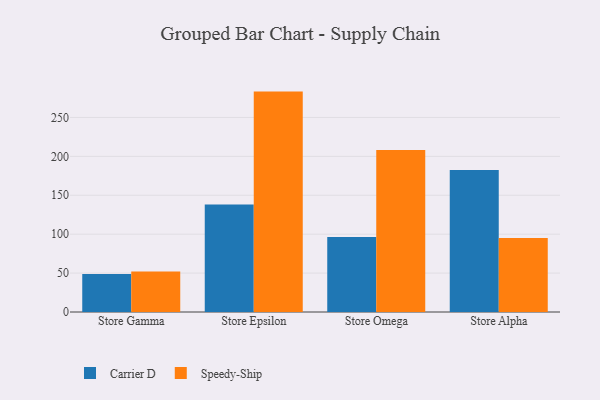
{"axis": {"x": "Store", "y": "Budget (USD K)"}, "legend": ["Carrier D", "Speedy-Ship"], "data": [{"x": "Store Gamma", "y": 48.8, "type": "Carrier D"}, {"x": "Store Gamma", "y": 52.0, "type": "Speedy-Ship"}, {"x": "Store Epsilon", "y": 138.0, "type": "Carrier D"}, {"x": "Store Epsilon", "y": 283.2, "type": "Speedy-Ship"}, {"x": "Store Omega", "y": 96.3, "type": "Carrier D"}, {"x": "Store Omega", "y": 208.3, "type": "Speedy-Ship"}, {"x": "Store Alpha", "y": 182.6, "type": "Carrier D"}, {"x": "Store Alpha", "y": 95.0, "type": "Speedy-Ship"}]}